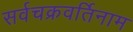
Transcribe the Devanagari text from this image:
सर्वचक्रवर्तिनाम